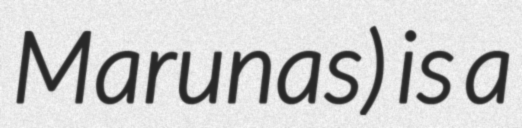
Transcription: Marunas) is a